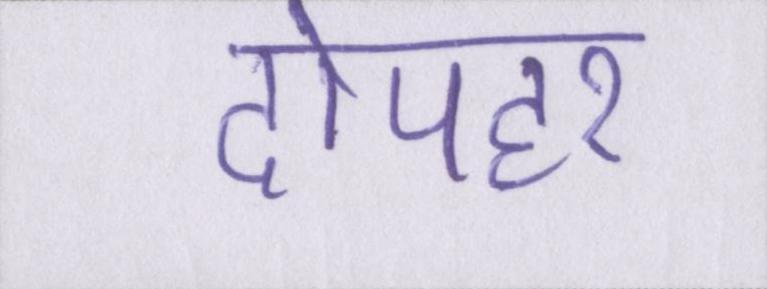
दोपहर